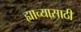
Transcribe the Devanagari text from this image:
ह्याच्यासाठी